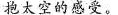
抱太空的感受。